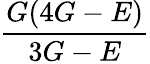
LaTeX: \frac{G(4G-E)}{3G-E}